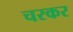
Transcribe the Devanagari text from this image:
चरकर